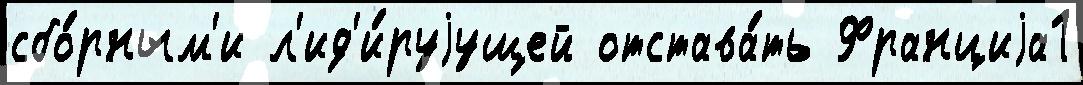
сбо́рным'и л'ид'и́руjущей отстава́ть Франциjа1